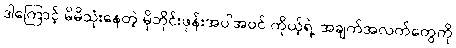
ဒါကြောင့် မိမိသုံးနေတဲ့ မိုဘိုင်းဖုန်းအပါအဝင် ကိုယ့်ရဲ့ အချက်အလက်တွေကို